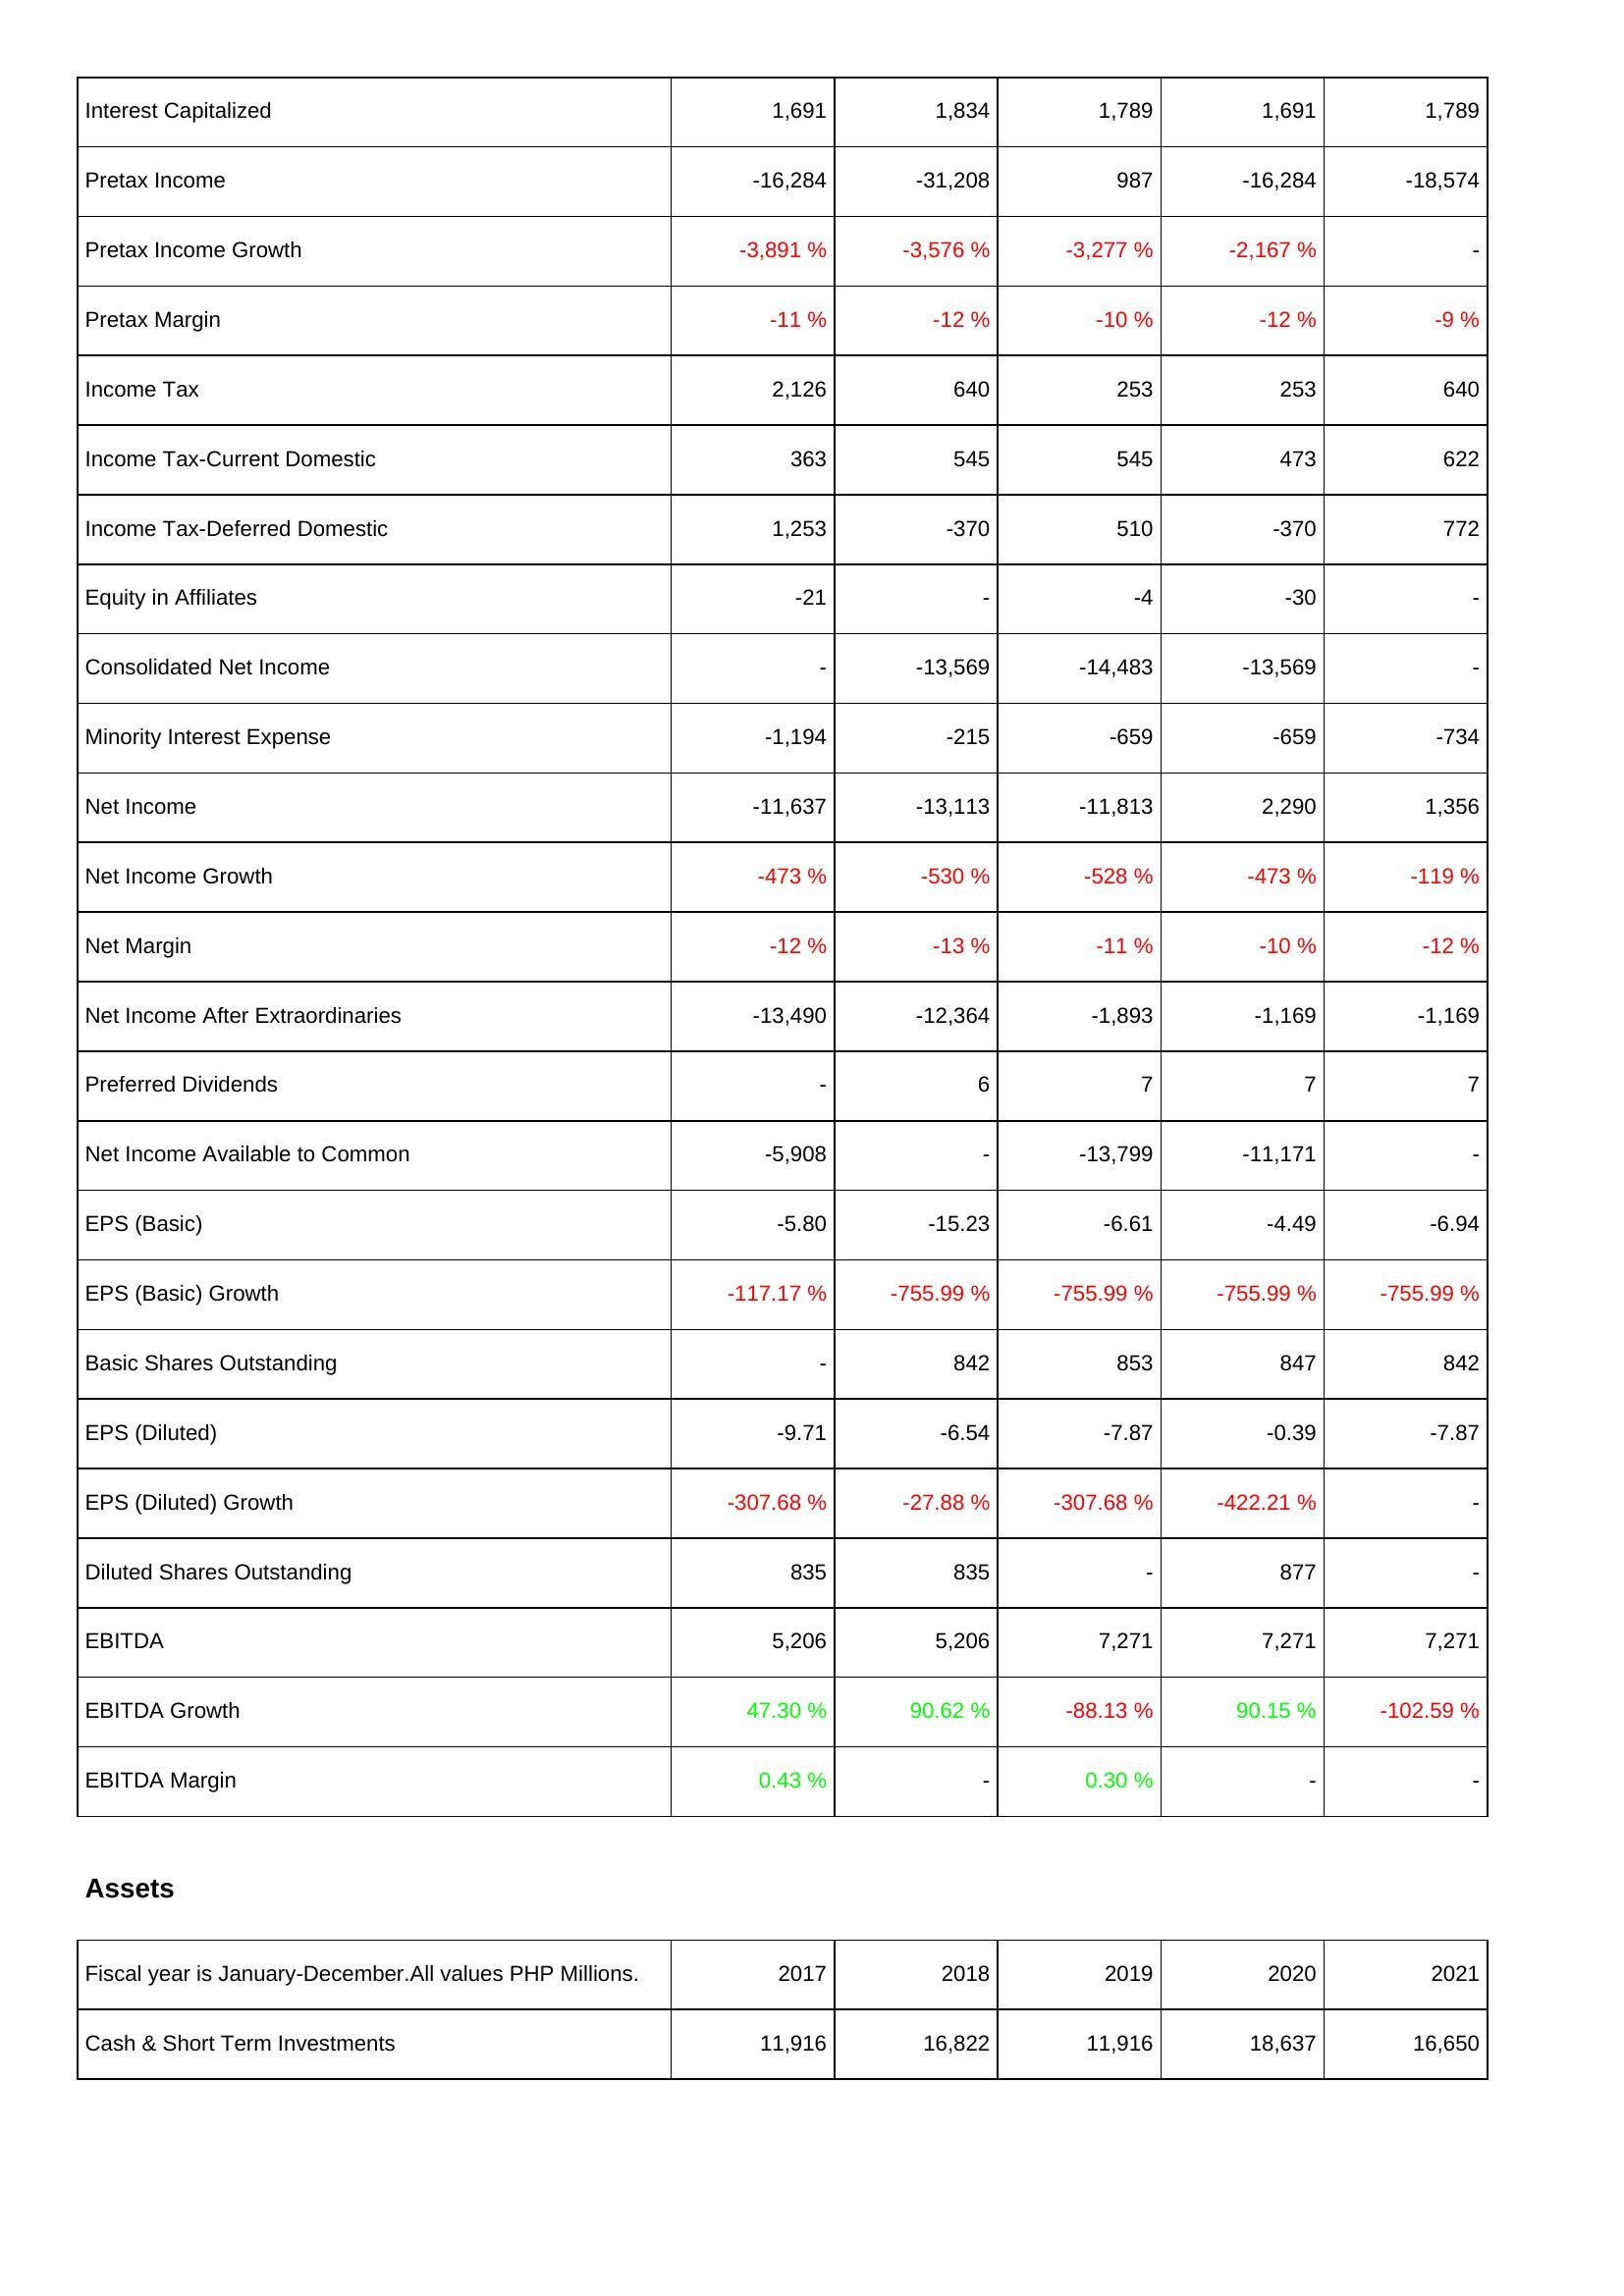
2017: Income Statement: Interest Capitalized: 1,691
Pretax Income: -16,284
Pretax Income Growth: -3,891 %
Pretax Margin: -11 %
Income Tax: 2,126
Income Tax-Current Domestic: 363
Income Tax-Deferred Domestic: 1,253
Equity in Affiliates: -21
Consolidated Net Income: -
Minority Interest Expense: -1,194
Net Income: -11,637
Net Income Growth: -473 %
Net Margin: -12 %
Net Income After Extraordinaries: -13,490
Preferred Dividends: -
Net Income Available to Common: -5,908
EPS (Basic): -5.80
EPS (Basic) Growth: -117.17 %
Basic Shares Outstanding: -
EPS (Diluted): -9.71
EPS (Diluted) Growth: -307.68 %
Diluted Shares Outstanding: 835
EBITDA: 5,206
EBITDA Growth: 47.30 %
EBITDA Margin: 0.43 %
Assets: Cash & Short Term Investments: 11,916
2018: Income Statement: Interest Capitalized: 1,834
Pretax Income: -31,208
Pretax Income Growth: -3,576 %
Pretax Margin: -12 %
Income Tax: 640
Income Tax-Current Domestic: 545
Income Tax-Deferred Domestic: -370
Equity in Affiliates: -
Consolidated Net Income: -13,569
Minority Interest Expense: -215
Net Income: -13,113
Net Income Growth: -530 %
Net Margin: -13 %
Net Income After Extraordinaries: -12,364
Preferred Dividends: 6
Net Income Available to Common: -
EPS (Basic): -15.23
EPS (Basic) Growth: -755.99 %
Basic Shares Outstanding: 842
EPS (Diluted): -6.54
EPS (Diluted) Growth: -27.88 %
Diluted Shares Outstanding: 835
EBITDA: 5,206
EBITDA Growth: 90.62 %
EBITDA Margin: -
Assets: Cash & Short Term Investments: 16,822
2019: Income Statement: Interest Capitalized: 1,789
Pretax Income: 987
Pretax Income Growth: -3,277 %
Pretax Margin: -10 %
Income Tax: 253
Income Tax-Current Domestic: 545
Income Tax-Deferred Domestic: 510
Equity in Affiliates: -4
Consolidated Net Income: -14,483
Minority Interest Expense: -659
Net Income: -11,813
Net Income Growth: -528 %
Net Margin: -11 %
Net Income After Extraordinaries: -1,893
Preferred Dividends: 7
Net Income Available to Common: -13,799
EPS (Basic): -6.61
EPS (Basic) Growth: -755.99 %
Basic Shares Outstanding: 853
EPS (Diluted): -7.87
EPS (Diluted) Growth: -307.68 %
Diluted Shares Outstanding: -
EBITDA: 7,271
EBITDA Growth: -88.13 %
EBITDA Margin: 0.30 %
Assets: Cash & Short Term Investments: 11,916
2020: Income Statement: Interest Capitalized: 1,691
Pretax Income: -16,284
Pretax Income Growth: -2,167 %
Pretax Margin: -12 %
Income Tax: 253
Income Tax-Current Domestic: 473
Income Tax-Deferred Domestic: -370
Equity in Affiliates: -30
Consolidated Net Income: -13,569
Minority Interest Expense: -659
Net Income: 2,290
Net Income Growth: -473 %
Net Margin: -10 %
Net Income After Extraordinaries: -1,169
Preferred Dividends: 7
Net Income Available to Common: -11,171
EPS (Basic): -4.49
EPS (Basic) Growth: -755.99 %
Basic Shares Outstanding: 847
EPS (Diluted): -0.39
EPS (Diluted) Growth: -422.21 %
Diluted Shares Outstanding: 877
EBITDA: 7,271
EBITDA Growth: 90.15 %
EBITDA Margin: -
Assets: Cash & Short Term Investments: 18,637
2021: Income Statement: Interest Capitalized: 1,789
Pretax Income: -18,574
Pretax Income Growth: -
Pretax Margin: -9 %
Income Tax: 640
Income Tax-Current Domestic: 622
Income Tax-Deferred Domestic: 772
Equity in Affiliates: -
Consolidated Net Income: -
Minority Interest Expense: -734
Net Income: 1,356
Net Income Growth: -119 %
Net Margin: -12 %
Net Income After Extraordinaries: -1,169
Preferred Dividends: 7
Net Income Available to Common: -
EPS (Basic): -6.94
EPS (Basic) Growth: -755.99 %
Basic Shares Outstanding: 842
EPS (Diluted): -7.87
EPS (Diluted) Growth: -
Diluted Shares Outstanding: -
EBITDA: 7,271
EBITDA Growth: -102.59 %
EBITDA Margin: -
Assets: Cash & Short Term Investments: 16,650